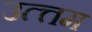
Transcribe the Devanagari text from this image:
उत्त्तम